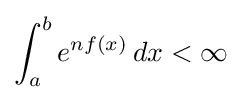
\int _{a}^{b}e^{nf(x)}\,dx<\infty